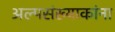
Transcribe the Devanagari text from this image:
अल्पसंख्याकांना